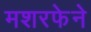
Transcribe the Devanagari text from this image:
मशरफेने